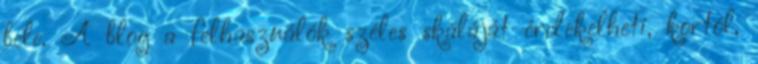
bele. A blog a felhasználók széles skáláját érdekelheti, kortól,